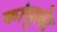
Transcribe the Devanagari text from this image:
कांसुलेट